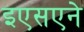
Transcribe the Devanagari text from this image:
इएसएने